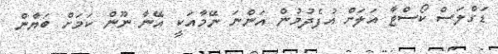
ޑަގްލަސް ކޯސްޓާ އަލަށް އުފެދުމުން އަންނަ ނޭމާއަކީ އޭނާ ނޫން ކަމަށް ބަޔާން